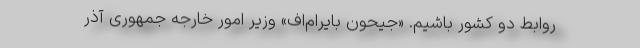
روابط دو کشور باشیم. «جیحون بایرام‌اف» وزیر امور خارجه جمهوری آذر